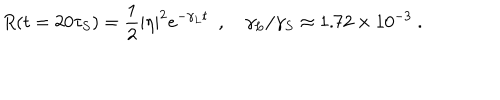
LaTeX: R ( t = 2 0 \tau _ { S } ) = { \frac { 1 } { 2 } } | \eta | ^ { 2 } e ^ { - \gamma _ { L } t } \enspace , \quad \gamma _ { L } / \gamma _ { S } \approx 1 . 7 2 \times 1 0 ^ { - 3 } \ .